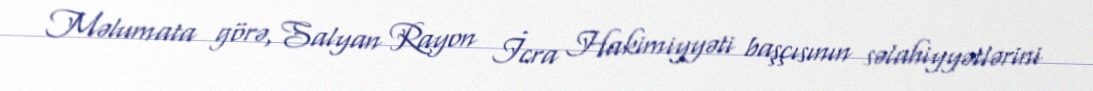
Məlumata görə, Salyan Rayon İcra Hakimiyyəti başçısının səlahiyyətlərini